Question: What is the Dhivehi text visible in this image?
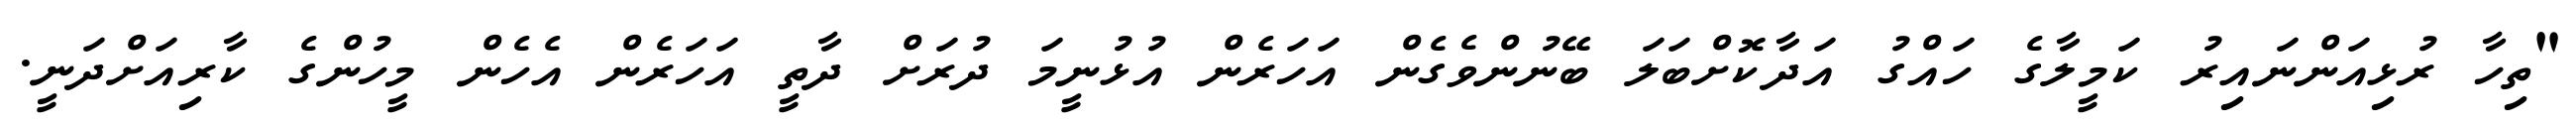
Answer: "ތިހާ ރުޅިއަންނައިރު ކަމީލާގެ ހައްގު އަދާކޮށްބަލަ ބޭނުންވެގެން އަހަރެން އުޅުނީމަ ދުރަށް ދާތީ އަހަރެން އެހެން މީހުންގެ ކާރިއަށްދަނީ.